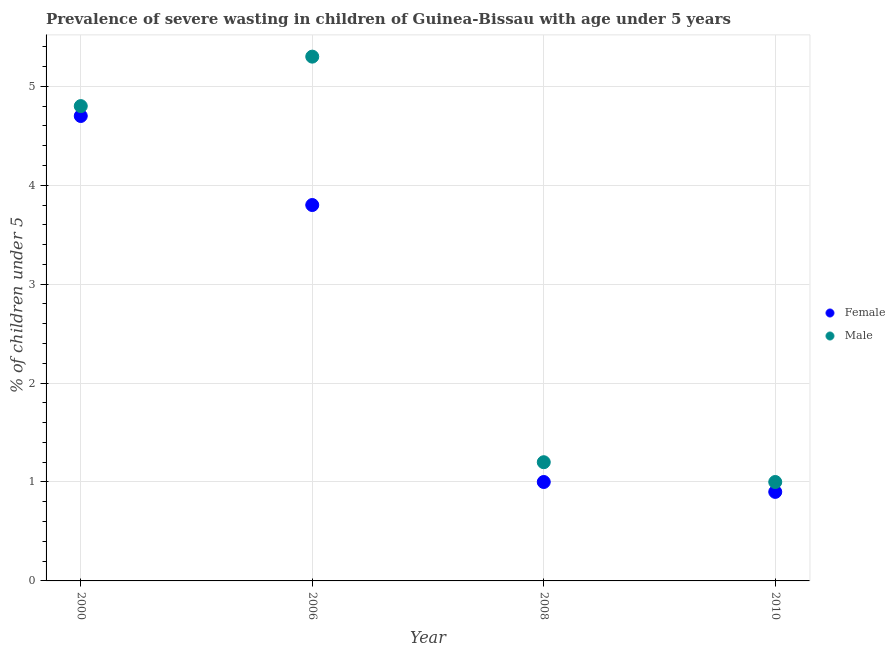
| Year | Female | Male |
 | --- | --- | --- |
 | 2000 | 4.7 | 4.8 |
 | 2006 | 3.8 | 5.3 |
 | 2008 | 1 | 1.2 |
 | 2010 | 0.9 | 1 |